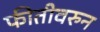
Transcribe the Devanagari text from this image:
फीतीवरुन